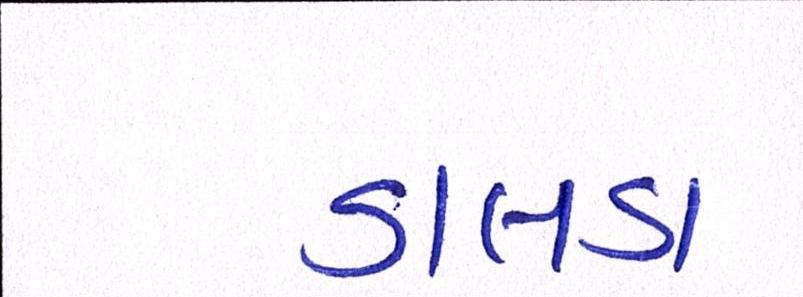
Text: ડાલડા